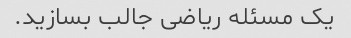
یک مسئله ریاضی جالب بسازید.